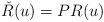
LaTeX: \begin{align*} \check{R}(u)=PR(u)\end{align*}